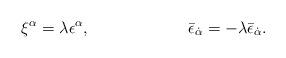
LaTeX: \begin{align*}\xi^\alpha = \lambda \epsilon^\alpha, \qquad\qquad\qquad\bar{\epsilon}_{\dot{\alpha}} = - \lambda\bar{\epsilon}_{\dot{\alpha}} .\end{align*}